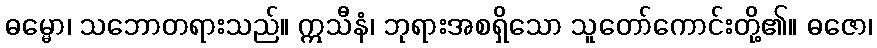
ဓမ္မော၊ သဘောတရားသည်။ ဣသီနံ၊ ဘုရားအစရှိသော သူတော်ကောင်းတို့၏။ ဓဇော၊